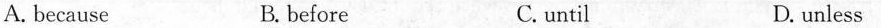
A. because B. before C.until D. unless